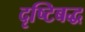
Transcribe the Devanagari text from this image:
दृष्टिबद्ध